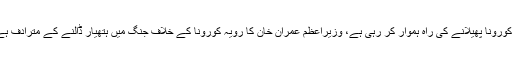
ان کا کہنا ہے کہ حکومت موثر حکمت عملی، ضروری حفاظتی سامان فراہم نہ کرکے کورونا پھیلانے کی راہ ہموار کر رہی ہے، وزیراعظم عمران خان کا رویہ کورونا کے خلاف جنگ میں ہتھیار ڈالنے کے مترادف ہے، ڈاکٹرز، نرسز اور پیرا میڈیکل سٹاف کی تربیت نہ ہونا مزید خطرے کی علامت ہے۔